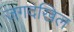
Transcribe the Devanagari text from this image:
जगदखिल